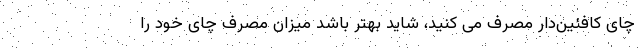
چای کافئین‌دار مصرف می کنید، شاید بهتر باشد میزان مصرف چای خود را